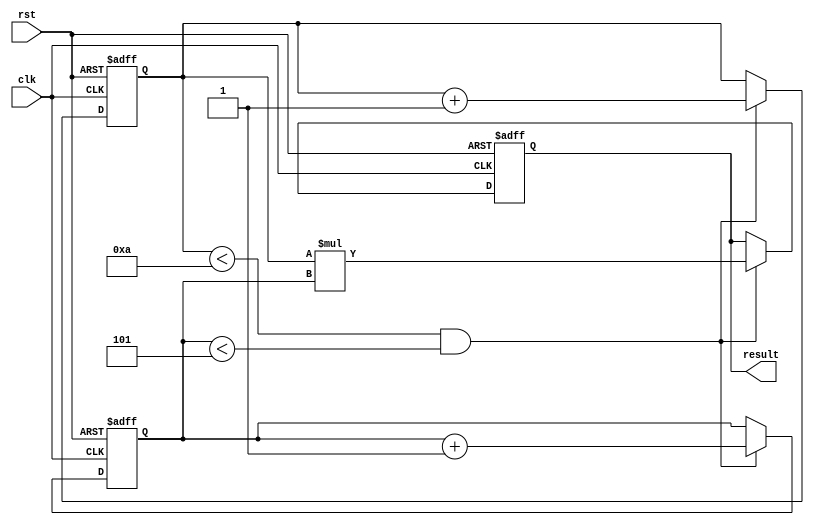
module multiple_iterators_loop(
    input clk,
    input rst,
    output reg [7:0] result
);

reg [7:0] iterator1, iterator2;

always @ (posedge clk or posedge rst) begin
    if (rst) begin
        iterator1 <= 0;
        iterator2 <= 0;
        result <= 0;
    end else begin
        if (iterator1 < 10 && iterator2 < 5) begin
            // Perform actions or instructions here
            // Increment iterators as needed
            iterator1 <= iterator1 + 1;
            iterator2 <= iterator2 + 1;
            result <= iterator1 * iterator2;
        end
    end
end

endmodule